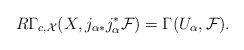
\begin{align*} R\Gamma_{c,\mathcal{X}}(X,j_{\alpha*}j_\alpha^*\mathcal{F})=\Gamma(U_\alpha,\mathcal{F}). \end{align*}